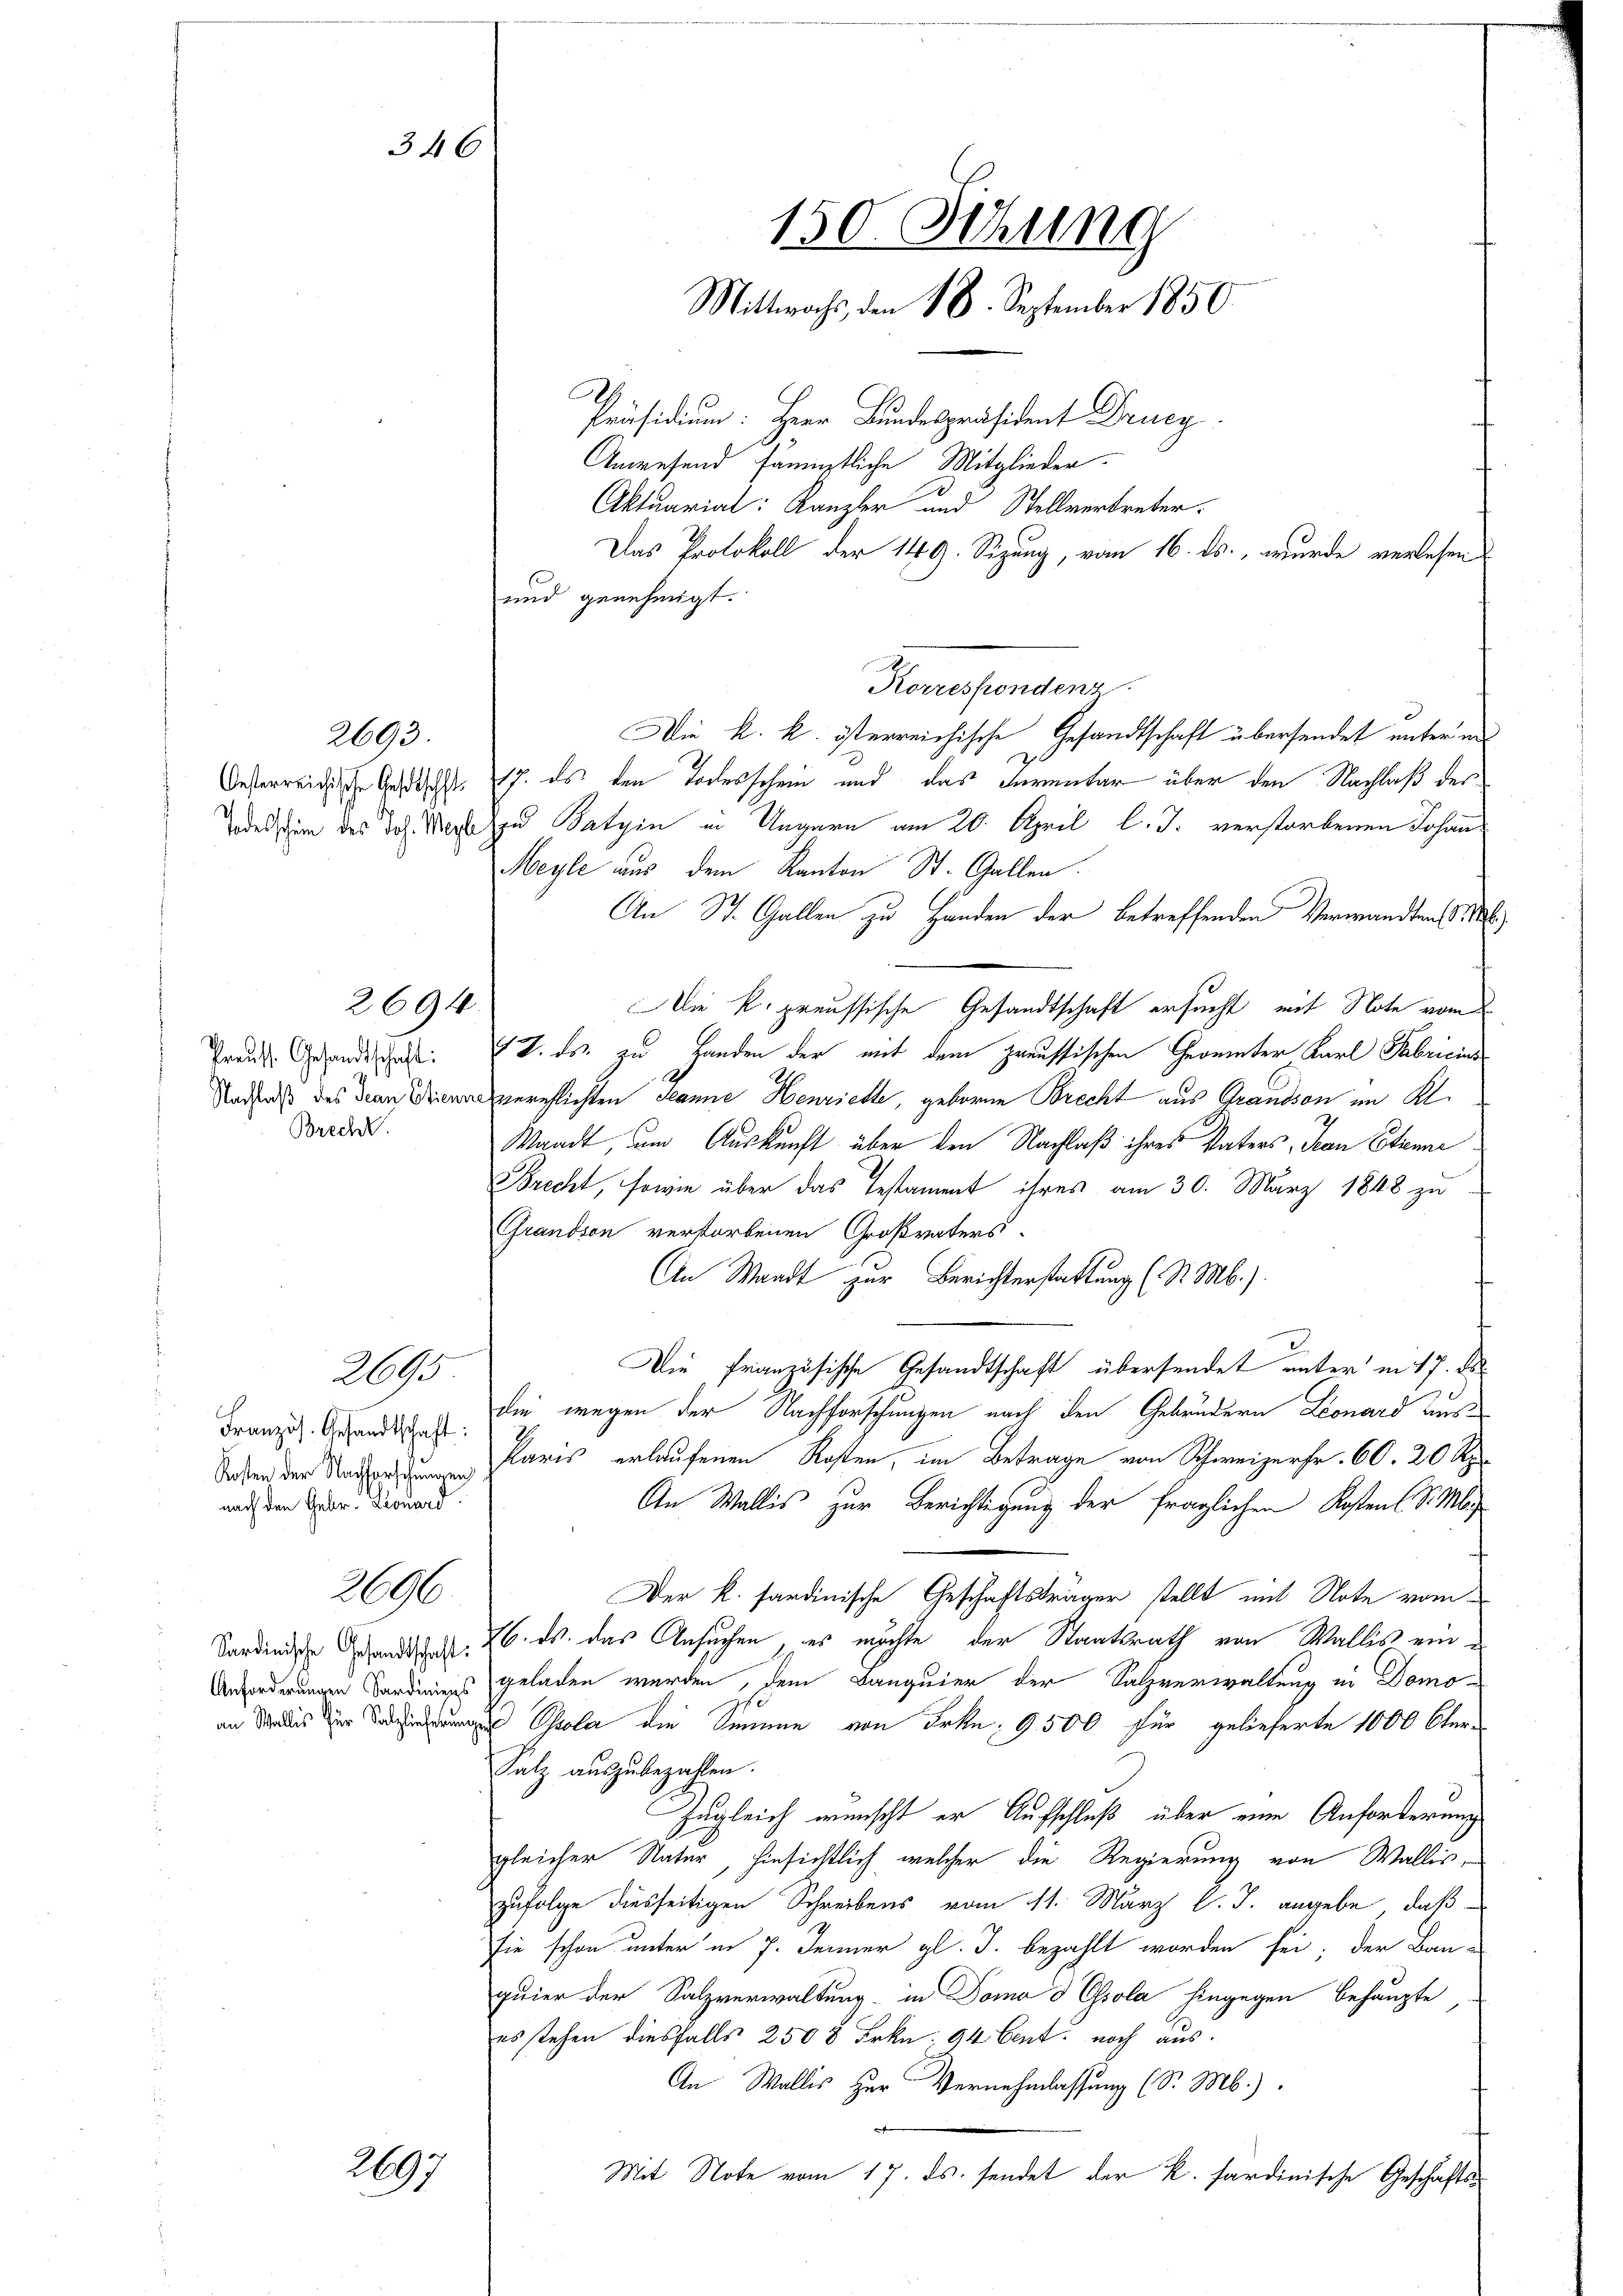
2693.

Brech

2694.

Französ. Gesandtschaft:
Kosten der Nachforschungen
nach den Gebr. Leonard

2695.

296

2097

346

Die k. k. österreichische Gesandtschaft übersendet unter un
Oesterreiche Ges. 17. ds den Todesschein und das Ferientar über den Nachlaß der
des um des Joh. Morden Batzin in Ungarn am 20. April l. J. verstorbenen Johann
Meyle aus dem Kanton St. Gallen.
An St. Gallen zu Handen der betreffenden Verwandten S
Die k. preussische Gesandtschaft ersucht, mit Note vom
Greute Gesandtschaft: 2. ds zu Handen der mit dem preussischen Geormter Karl Fabricini¬
Nadas des annesverschlichten Manne Henriette, geboren Brecht aus Grandson im Kl.
Waadt, um Auskunft über den Nachlaß ihres Vaters, Jean Etanne
Brecht, sowie über das Testament ihres am 30. März 1848 zu
Grandson verstorbenen Großvaters
An Waadt zur Berichterstattung (S. Mb.).
Die französische Gesandtschaft übersendet unter in 17. de
die wegen der Nachforschungen nach den Gebrüdern Leonard aus¬
Paris erlaufenen Kosten, im Betrage von Schweizerfr. 60. 20 Rp.
An Wallis zur Berichtigung der fraglichen Kosten (S. M.
Der K. sardinische Geschäftsträger stellt mit Note vom
Sardinie Grandsatz. 26. M. das Ansuchen, es möchte der Staatsrath von Wallis ein¬
Anforderungen Sardiniers geladen werden, dem Banquier der Salzverwaltung in Domoan des Sol die Summen von Frkn. 9500 für gelieferte 1000 Ster¬
Salz auszubezahlen.
Zugleich wünscht er Aufschluß über eine Anforderung
gleicher Natur, hinsichtlich, welcher die Regierung von Wallis,
zufolge diesseitigen Schreibens vom 11. März l. J. angebe, daß
sie schon unter in 7. Jenner gl. J. bezahlt worden sei; der Bau-
quier der Salzverwaltung in Domo d Essola hingegen behaupte
es stehen diesfalls 250 8 Frkn. 94 Cent noch aus.
An Wallis zur Vernehmlassung (S. M.)
f
Mit Note vom 17. ds. sendet der K. sardinische Geschäfts¬

150 Sizung
Mittwochs, den 18. September 1850.
A
Präsidium: Herr Bundespräsident Drucy
Anwesend sämmtliche Mitglieder.
Aktuarial: Kanzler und Stellvertreter.
Das Protokoll der 149. Sizung, vom 16. ds., wurde verlesen
und genehmigt.

Korrespondenz.

.